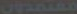
معتمدون